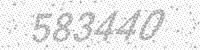
Solution: 583440